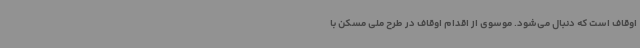
اوقاف است که دنبال می‌شود. موسوی از اقدام اوقاف در طرح ملی مسکن با